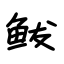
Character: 鲅